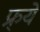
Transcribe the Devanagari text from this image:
फ्र्ये